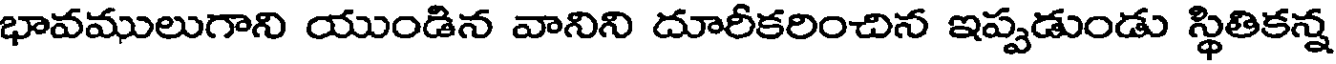
భావములుగాని యుండిన వానిని దూరీకరించిన ఇప్పడుండు స్థితికన్న